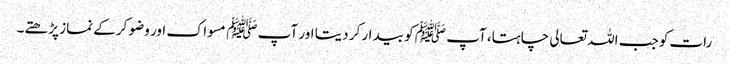
رات کو جب اللہ تعالی چاہتا، آپ ﷺ کو بیدار کر دیتا اور آپ ﷺ مسواک اور وضو کرکے نماز پڑھتے۔